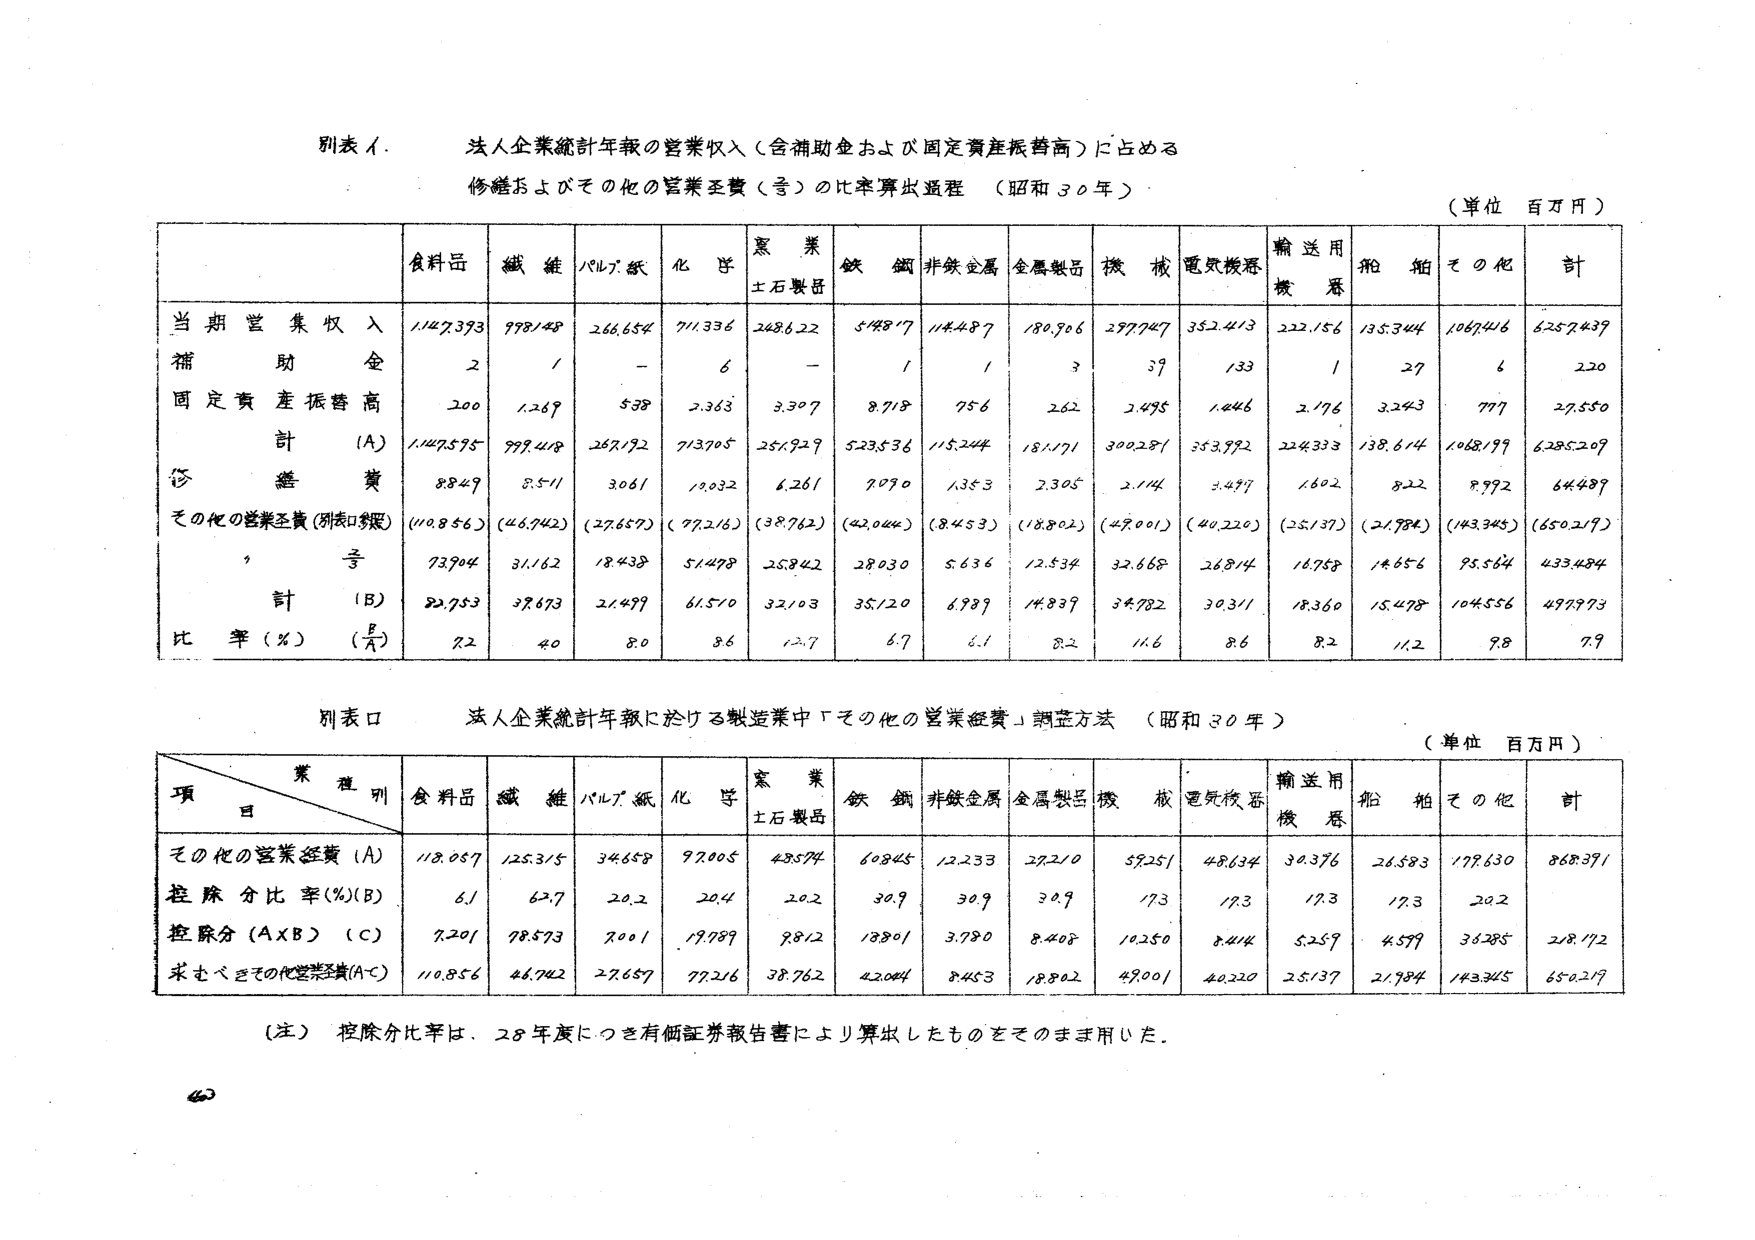
別表イ． 法人企業統計年報の営業収入（含補助金および固定資産振替高）に占める
修繕およびその他の営業経費（号）の比率算出過程 （昭和３０年）
（単位 百万円）

| | 食料品 | 繊維 | パルプ・紙 | 化学 | 窯業土石製品 | 鉄鋼 | 非鉄金属 | 金属製品 | 機械 | 電気機器 | 輸送用機器 | 船舶 | その他 | 計 |
|---|---|---|---|---|---|---|---|---|---|---|---|---|---|---|
| 当期営業収入 | 1147,393 | 999,149 | 266,654 | 711,336 | 2486,22 | 5148,17 | 1144,87 | 180,906 | 2977,47 | 352,413 | 222,156 | 135,344 | 1067,416 | 6257,439 |
| 補助金 | 2 | 1 | - | 6 | - | 1 | 1 | 3 | 39 | 133 | 1 | 27 | 6 | 220 |
| 固定資産振替高 | 200 | 1,269 | 538 | 2,363 | 3,307 | 8,718 | 756 | 262 | 2,495 | 1,446 | 2,176 | 3,243 | 777 | 29,550 |
| 計（A） | 1147,595 | 999,419 | 267,192 | 713,705 | 251,929 | 523,536 | 115,244 | 181,171 | 300,281 | 353,992 | 224,333 | 138,614 | 1068,199 | 6285,209 |
| 修繕費 | 88,49 | 8,511 | 3061 | 12,032 | 6,261 | 9,090 | 1,353 | 2,305 | 2,114 | 2,497 | 1,602 | 822 | 9,992 | 64,489 |
| その他の営業経費（別表ロ参照） | (110,856) | (46,742) | (27,657) | (77,216) | (38,762) | (42,044) | (8,453) | (18,802) | (49,001) | (40,220) | (25,137) | (21,984) | (143,345) | (650,219) |
| 合計（B） | 73,904 | 31,162 | 18,438 | 51,498 | 25,842 | 28,030 | 5,636 | 12,534 | 32,668 | 26,814 | 16,758 | 14,656 | 95,564 | 433,484 |
| 計（B） | 82,753 | 39,673 | 21,499 | 61,510 | 32,103 | 35,120 | 6,989 | 14,839 | 34,782 | 30,311 | 18,360 | 15,478 | 104,556 | 497,973 |
| 比率（％）（B/A） | 7.2 | 4.0 | 8.0 | 8.6 | 12.7 | 6.7 | 6.1 | 8.2 | 11.6 | 8.6 | 8.2 | 11.2 | 9.8 | 7.9 |

別表ロ 法人企業統計年報における製造業中「その他の営業経費」調整方法 （昭和３０年）
（単位 百万円）

| 項目＼業種別 | 食料品 | 繊維 | パルプ・紙 | 化学 | 窯業土石製品 | 鉄鋼 | 非鉄金属 | 金属製品 | 機械 | 電気機器 | 輸送用機器 | 船舶 | その他 | 計 |
|---|---|---|---|---|---|---|---|---|---|---|---|---|---|---|
| その他の営業経費（A） | 118,057 | 125,315 | 34,658 | 97,005 | 48,574 | 60,845 | 12,233 | 27,210 | 59,251 | 48,634 | 30,376 | 26,583 | 179,630 | 868,391 |
| 控除分比率（％）（B） | 6.1 | 62.7 | 20.2 | 20.4 | 20.2 | 30.9 | 30.9 | 30.9 | 17.3 | 17.3 | 17.3 | 17.3 | 20.2 | |
| 控除分（A×B）（C） | 7,201 | 78,573 | 7,001 | 19,789 | 9,812 | 18,801 | 3,780 | 8,408 | 10,250 | 8,414 | 5,259 | 4,599 | 36,285 | 218,172 |
| 求むべきその他の営業経費（A-C） | 110,856 | 46,742 | 27,657 | 77,216 | 38,762 | 42,044 | 8,453 | 18,802 | 49,001 | 40,220 | 25,137 | 21,984 | 143,345 | 650,219 |

（注）控除分比率は、28年度につき有価証券報告書により算出したものをそのまま用いた。